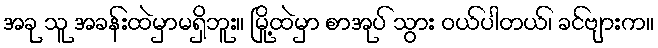
အခု သူ အခန်းထဲမှာမရှိဘူး။ မြို့ထဲမှာ စာအုပ် သွား ဝယ်ပါတယ်၊ ခင်ဗျားက။